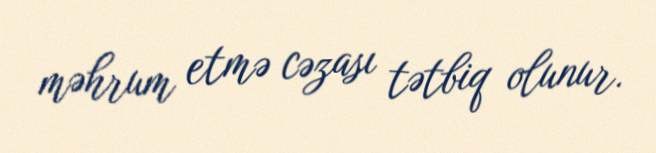
məhrum etmə cəzası tətbiq olunur.